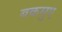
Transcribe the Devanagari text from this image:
बकसुए